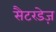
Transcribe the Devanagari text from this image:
सैटरडेज़